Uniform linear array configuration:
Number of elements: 16
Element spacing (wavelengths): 0.25
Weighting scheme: hamming
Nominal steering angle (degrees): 45
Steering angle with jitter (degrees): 46.224
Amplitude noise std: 0.05
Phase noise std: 0.05

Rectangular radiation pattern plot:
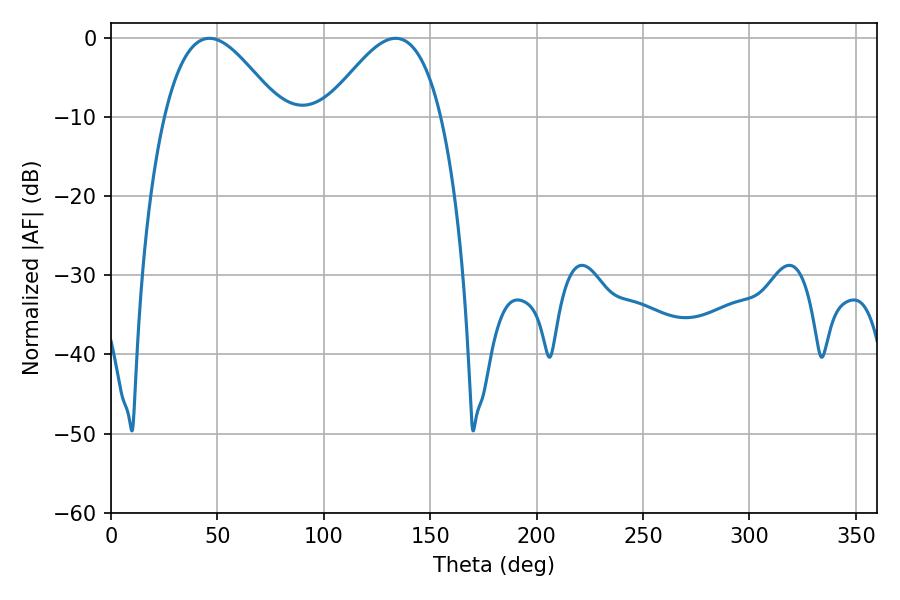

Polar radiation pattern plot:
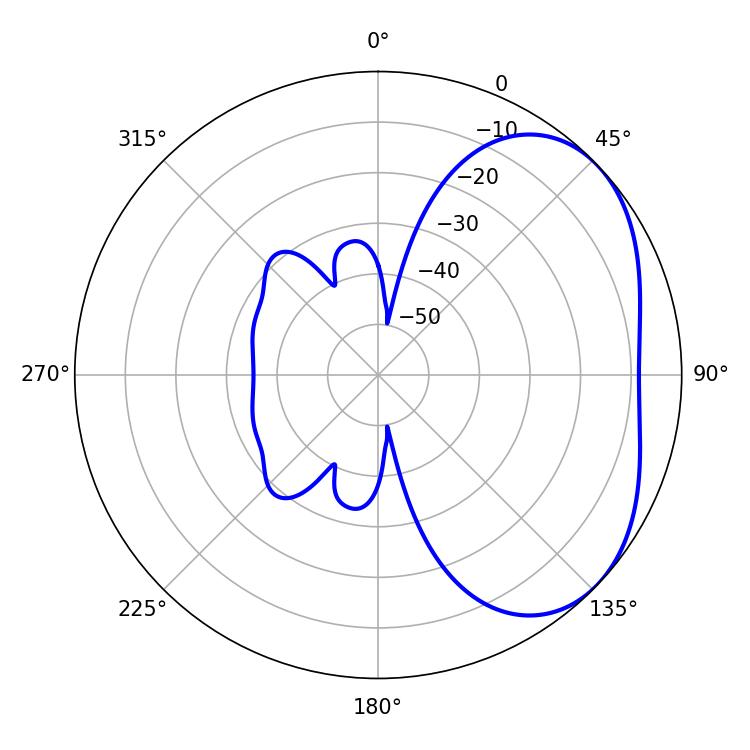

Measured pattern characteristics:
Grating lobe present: FALSE
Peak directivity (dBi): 3.596
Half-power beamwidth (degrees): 29.34
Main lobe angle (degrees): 46.26